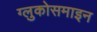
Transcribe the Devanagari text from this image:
ग्लुकोसमाइन